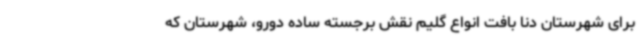
برای شهرستان دنا بافت انواع گلیم نقش برجسته ساده دورو، شهرستان که